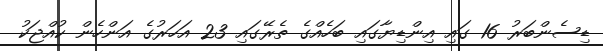
ޑިސެންބަރު 16 ގައި އިންޑިޔާގައި ބަހެއްގެ ތެރޭގައި 23 އަހަރުގެ އަންހެން ކުއްޖަކު